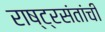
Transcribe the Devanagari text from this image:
राष्ट्रसंतांची